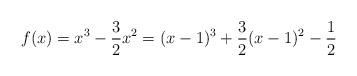
LaTeX: \begin{align*}f(x) = x^3 -\frac{3}{2}x^2 = (x-1)^3 + \frac{3}{2} (x-1)^2 - \frac{1}{2} \end{align*}